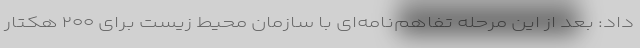
داد: بعد از این مرحله تفاهم‌نامه‌ای با سازمان محیط زیست برای ۲۰۰ هکتار